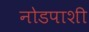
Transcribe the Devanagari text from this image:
नोडपाशी